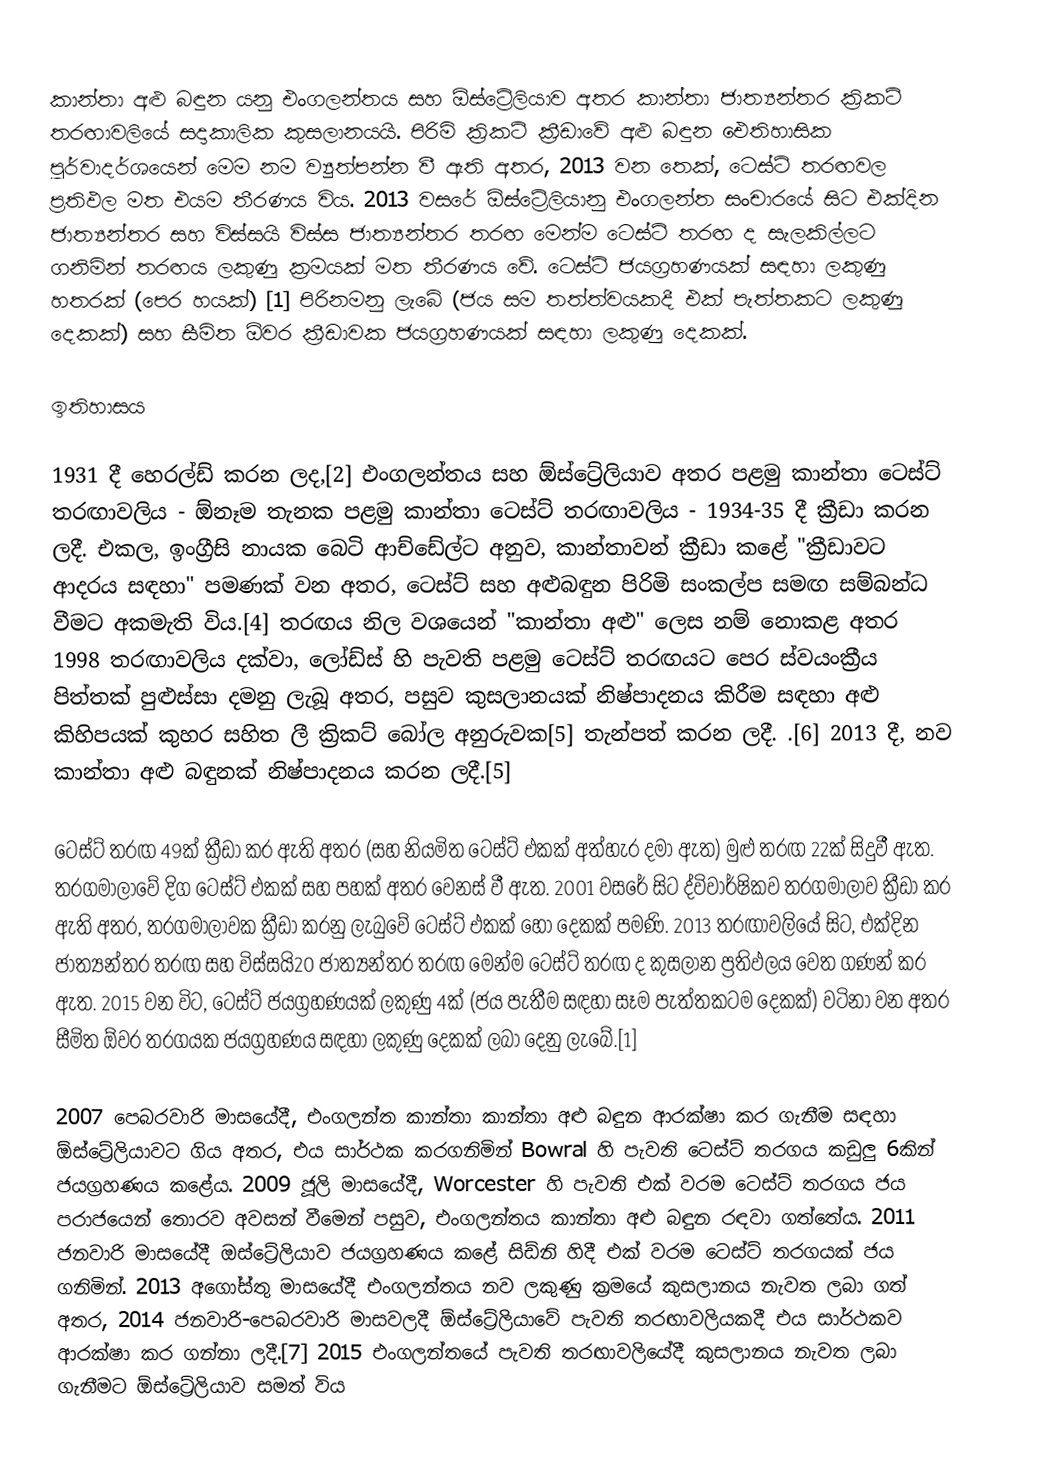
කාන්තා අළු බඳුන යනු එංගලන්තය සහ ඕස්ට්‍රේලියාව අතර කාන්තා ජාත්‍යන්තර ක්‍රිකට් තරඟාවලියේ සදාකාලික කුසලානයයි. පිරිමි ක්‍රිකට් ක්‍රීඩාවේ අළු බඳුන ඓතිහාසික පූර්වාදර්ශයෙන් මෙම නම ව්‍යුත්පන්න වී ඇති අතර, 2013 වන තෙක්, ටෙස්ට් තරඟවල ප්‍රතිඵල මත එයම තීරණය විය. 2013 වසරේ ඕස්ට්‍රේලියානු එංගලන්ත සංචාරයේ සිට එක්දින ජාත්‍යන්තර සහ විස්සයි විස්ස ජාත්‍යන්තර තරඟ මෙන්ම ටෙස්ට් තරඟ ද සැලකිල්ලට ගනිමින් තරඟය ලකුණු ක්‍රමයක් මත තීරණය වේ. ටෙස්ට් ජයග්‍රහණයක් සඳහා ලකුණු හතරක් (පෙර හයක්) [1] පිරිනමනු ලැබේ (ජය සම තත්ත්වයකදී එක් පැත්තකට ලකුණු දෙකක්) සහ සීමිත ඕවර ක්‍රීඩාවක ජයග්‍රහණයක් සඳහා ලකුණු දෙකක්.

ඉතිහාසය

1931 දී හෙරල්ඩ් කරන ලද,[2] එංගලන්තය සහ ඕස්ට්‍රේලියාව අතර පළමු කාන්තා ටෙස්ට් තරඟාවලිය - ඕනෑම තැනක පළමු කාන්තා ටෙස්ට් තරඟාවලිය - 1934-35 දී ක්‍රීඩා කරන ලදී. එකල, ඉංග්‍රීසි නායක බෙටි ආච්ඩේල්ට අනුව, කාන්තාවන් ක්‍රීඩා කළේ "ක්‍රීඩාවට ආදරය සඳහා" පමණක් වන අතර, ටෙස්ට් සහ අළුබඳුන පිරිමි සංකල්ප සමඟ සම්බන්ධ වීමට අකමැති විය.[4] තරඟය නිල වශයෙන් "කාන්තා අළු" ලෙස නම් නොකළ අතර 1998 තරඟාවලිය දක්වා, ලෝඩ්ස් හි පැවති පළමු ටෙස්ට් තරඟයට පෙර ස්වයංක්‍රීය පිත්තක් පුළුස්සා දමනු ලැබූ අතර, පසුව කුසලානයක් නිෂ්පාදනය කිරීම සඳහා අළු කිහිපයක් කුහර සහිත ලී ක්‍රිකට් බෝල අනුරුවක[5] තැන්පත් කරන ලදී. .[6] 2013 දී, නව කාන්තා අළු බඳුනක් නිෂ්පාදනය කරන ලදී.[5]

ටෙස්ට් තරඟ 49ක් ක්‍රීඩා කර ඇති අතර (සහ නියමිත ටෙස්ට් එකක් අත්හැර දමා ඇත) මුළු තරඟ 22ක් සිදුවී ඇත. තරගමාලාවේ දිග ටෙස්ට් එකක් සහ පහක් අතර වෙනස් වී ඇත. 2001 වසරේ සිට ද්විවාර්ෂිකව තරගමාලාව ක්‍රීඩා කර ඇති අතර, තරගමාලාවක ක්‍රීඩා කරනු ලැබුවේ ටෙස්ට් එකක් හෝ දෙකක් පමණි. 2013 තරඟාවලියේ සිට, එක්දින ජාත්‍යන්තර තරඟ සහ විස්සයි20 ජාත්‍යන්තර තරඟ මෙන්ම ටෙස්ට් තරඟ ද කුසලාන ප්‍රතිඵලය වෙත ගණන් කර ඇත. 2015 වන විට, ටෙස්ට් ජයග්‍රහණයක් ලකුණු 4ක් (ජය පැතීම සඳහා සෑම පැත්තකටම දෙකක්) වටිනා වන අතර සීමිත ඕවර තරගයක ජයග්‍රහණය සඳහා ලකුණු දෙකක් ලබා දෙනු ලැබේ.[1]

2007 පෙබරවාරි මාසයේදී, එංගලන්ත කාන්තා කාන්තා අළු බඳුන ආරක්ෂා කර ගැනීම සඳහා ඕස්ට්‍රේලියාවට ගිය අතර, එය සාර්ථක කරගනිමින් Bowral හි පැවති ටෙස්ට් තරගය කඩුලු 6කින් ජයග්‍රහණය කළේය. 2009 ජූලි මාසයේදී, Worcester හි පැවති එක් වරම ටෙස්ට් තරගය ජය පරාජයෙන් තොරව අවසන් වීමෙන් පසුව, එංගලන්තය කාන්තා අළු බඳුන රඳවා ගත්තේය. 2011 ජනවාරි මාසයේදී ඔස්ට්‍රේලියාව ජයග්‍රහණය කළේ සිඩ්නි හිදී එක් වරම ටෙස්ට් තරගයක් ජය ගනිමින්. 2013 අගෝස්තු මාසයේදී එංගලන්තය නව ලකුණු ක්‍රමයේ කුසලානය නැවත ලබා ගත් අතර, 2014 ජනවාරි-පෙබරවාරි මාසවලදී ඕස්ට්‍රේලියාවේ පැවති තරඟාවලියකදී එය සාර්ථකව ආරක්ෂා කර ගන්නා ලදී.[7] 2015 එංගලන්තයේ පැවති තරඟාවලියේදී කුසලානය නැවත ලබා ගැනීමට ඕස්ට්‍රේලියාව සමත් විය